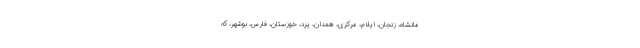
مانشاه، زنجان، ایلام، مرکزی، همدان، یزد، خوزستان، فارس، بوشهر، که